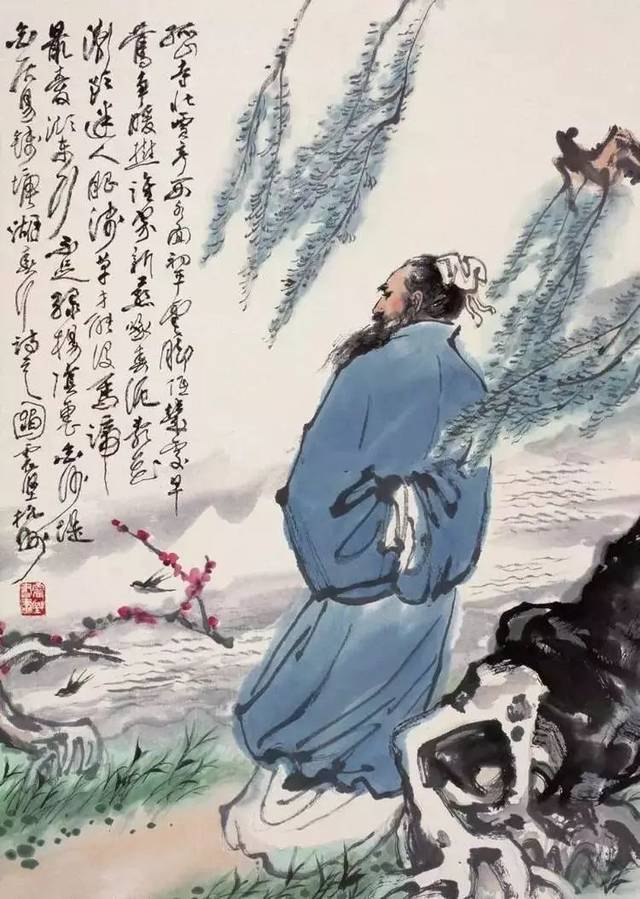
同心一人去，坐觉长安空。